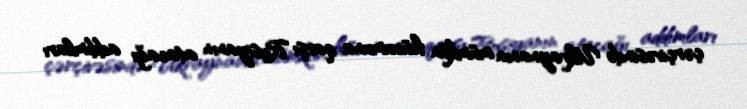
çərçivəsində Ukraynanın mümkün hücumuna qarşı Rusiyanın atacağı addımları